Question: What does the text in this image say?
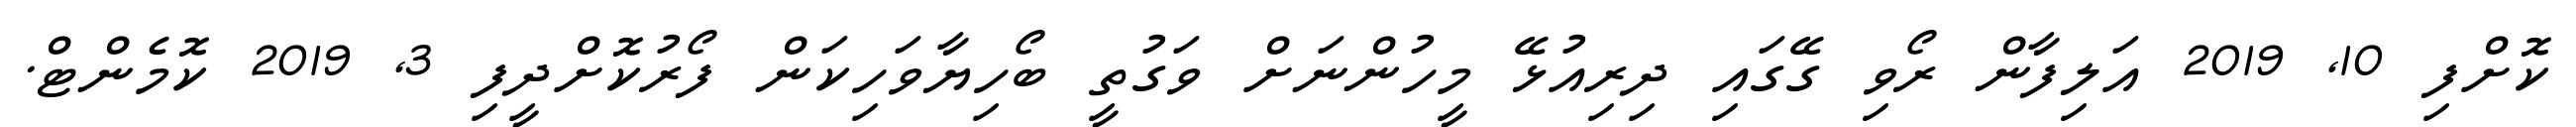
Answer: ކޮށްފި 10, 2019 އަލިފާން ރޯވި ގޭގައި ދިރިއުޅޭ މީހުންނަށް ވަގުތީ ބޯހިޔާވަހިކަން ފޯރުކޮށްދީފި 3, 2019 ކޮމެންޓް.